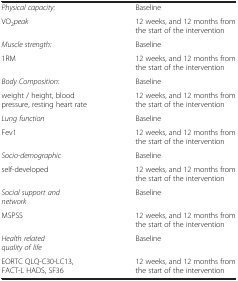
| <COLSPAN=2>  |
 | --- | --- |
 | Physical capacity: | Baseline |
 | VO2peak | 12 weeks, and 12 months from the start of the intervention |
 | Muscle strength: | Baseline |
 | 1RM | 12 weeks, and 12 months from the start of the intervention |
 | Body Composition: | Baseline |
 | weight / height, blood pressure, resting heart rate | 12 weeks, and 12 months from the start of the intervention |
 | Lung function | Baseline |
 | Fev1 | 12 weeks, and 12 months from the start of the intervention |
 | Socio-demographic | Baseline |
 | self-developed | 12 weeks, and 12 months from the start of the intervention |
 | Social support and network | Baseline |
 | MSPSS | 12 weeks, and 12 months from the start of the intervention |
 | Health related quality of life | Baseline |
 | EORTC QLQ-C30-LC13, FACT-L HADS, SF36 | 12 weeks, and 12 months from the start of the intervention |